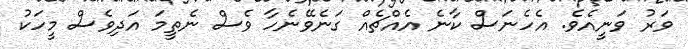
ވަރު ވަނީއެވެ. އެހެނަސް ކާނެ އެއްޗެއް ގަނެވޭނެހާ ވެސް ނެތީމަ އަދިވެސް މީހަކު